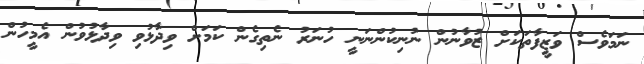
ނަމަވެސް ވަޒީފާތަކަށް ޒުވާނުން ނުނިކުންނަނީ ހުނަރު ނެތިގެން ކަމަށް ވިދާޅުވި ވިދާޅުވުން އެމީހުން